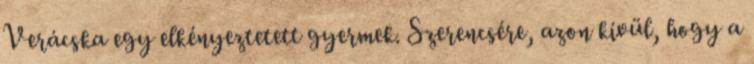
Verácska egy elkényeztetett gyermek. Szerencsére, azon kívül, hogy a